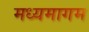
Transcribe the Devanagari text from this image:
मध्यमागम